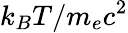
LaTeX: k_{B}T/m_{e}c^{2}